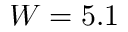
W = 5 . 1